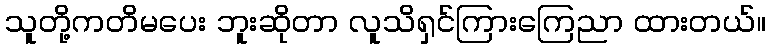
သူတို့ကတိမပေး ဘူးဆိုတာ လူသိရှင်ကြားကြေညာ ထားတယ်။